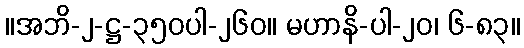
။အဘိ-၂-ဋ္ဌ-၃၅၀ပါ-၂၆၀။ မဟာနိ-ပါ-၂၀၊ ၆-၈၃။